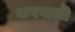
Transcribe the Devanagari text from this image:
करवाली